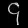
Digit: ၄